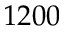
1 2 0 0